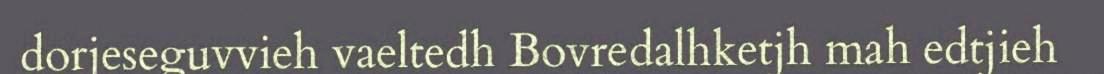
dorjeseguvvieh vaeltedh Bovredalhketjh mah edtjieh